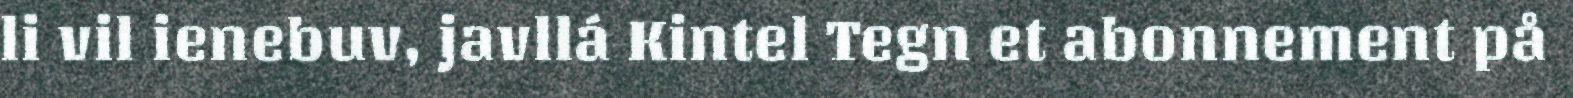
li vil ienebuv, javllá Kintel Tegn et abonnement på